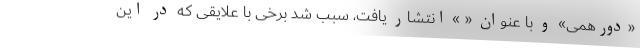
«دورهمی» و با عنوان « » انتشار یافت، سبب شد برخی با علایقی که در این